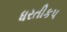
ધરતીકપ